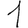
Digit: 1